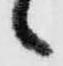
々